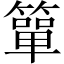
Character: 簞